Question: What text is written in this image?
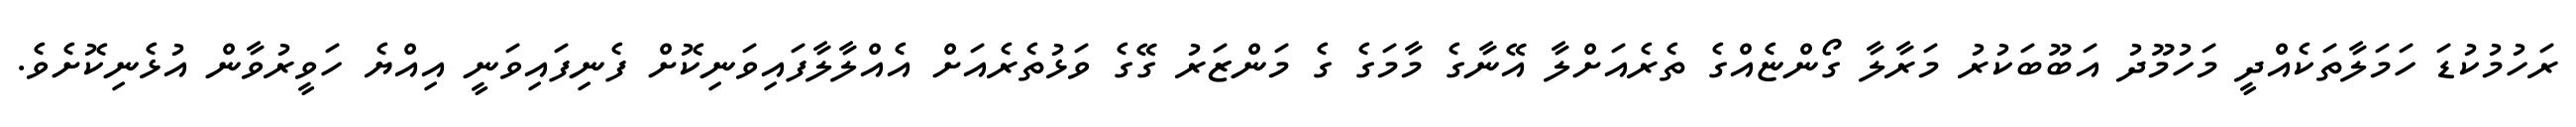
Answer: ރަހުމުކުޑަ ހަމަލާތަކެއްދީ މަހުމޫދު އަބޫބަކުރު މަރާލާ ގޯންޏެއްގެ ތެރެއަށްލާ އޭނާގެ މާމަގެ ގެ މަންޒަރު ގޭގެ ވަޅުތެރެއަށް އެއްލާލާފައިވަނިކޮށް ފެނިފައިވަނީ އިއްޔެ ހަވީރުވާން އުޅެނިކޮށެވެ.